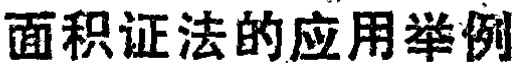
面积证法的应用举例